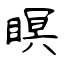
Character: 瞑